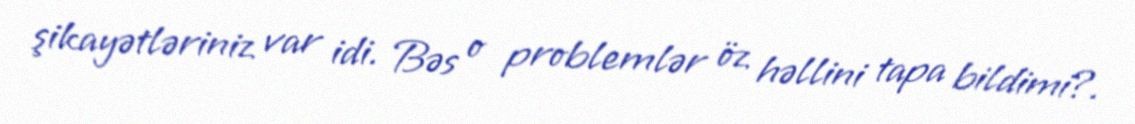
şikayətləriniz var idi. Bəs o problemlər öz həllini tapa bildimi?.